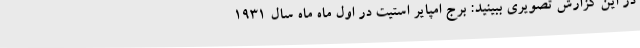
در این گزارش تصویری ببینید: برج امپایر استیت در اول ماه ماه سال ۱۹۳۱